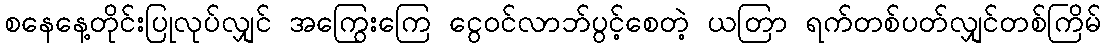
စနေနေ့တိုင်းပြုလုပ်လျှင် အကြွေးကြေ ငွေဝင်လာဘ်ပွင့်စေတဲ့ ယတြာ ရက်တစ်ပတ်လျှင်တစ်ကြိမ်